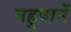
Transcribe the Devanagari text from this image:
नहुषानें